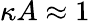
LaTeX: \kappa A\approx 1